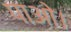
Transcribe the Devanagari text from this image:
पाओ।